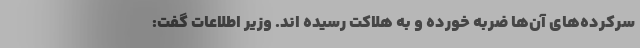
سرکرده‌های آن‌ها ضربه خورده و به هلاکت رسیده اند. وزیر اطلاعات گفت: